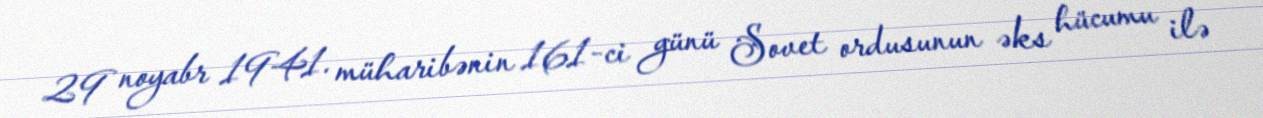
29 noyabr 1941. müharibənin 161-ci günü Sovet ordusunun əks hücumu ilə